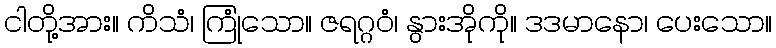
ငါတို့အား။ ကိသံ၊ ကြုံသော။ ဇရဂ္ဂဝံ၊ နွားအိုကို။ ဒဒမာနော၊ ပေးသော။